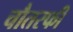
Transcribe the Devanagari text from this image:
चौतरफी